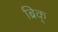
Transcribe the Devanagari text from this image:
ब्रिक्